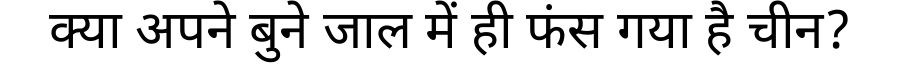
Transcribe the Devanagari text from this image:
क्या अपने बुने जाल में ही फंस गया है चीन?